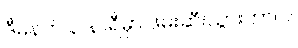
ဒီမနက် ၃ နာရီမှာ ဖမ်းဆီးသွားတာပါ။